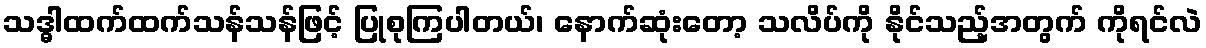
သဒ္ဓါထက်ထက်သန်သန်ဖြင့် ပြုစုကြပါတယ်၊ နောက်ဆုံးတော့ သလိပ်ကို နိုင်သည့်အတွက် ကိုရင်လဲ